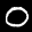
Label: 0